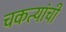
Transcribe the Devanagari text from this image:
चकत्यांची